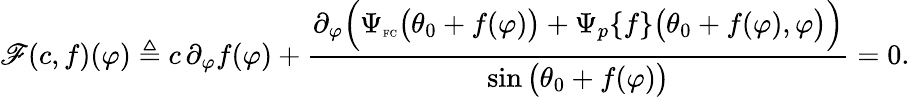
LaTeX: \mathscr{F}(c,f)(\varphi)\triangleq c\, \partial_{\varphi}f(\varphi)+\frac{\partial_{\varphi}\Big(\Psi_{\textnormal{\tiny{FC}}}\big(\theta_{0}+f(\varphi)\big)+\Psi_{p}\{ f\} \big(\theta_{0}+f(\varphi),\varphi\big)\Big)}{\sin\big(\theta_{0}+f(\varphi)\big)}=0.